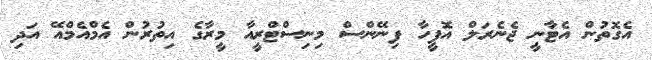
އެގޮތުން އެޓާނީ ޖެނެރަލް އޮފީހާ ފިނޭންސް މިނިސްޓްރީއާ މީރާގެ އިތުރުން އެމްއެމްއޭ އަދި